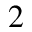
2